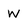
Character: w